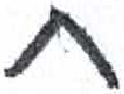
אות: ת